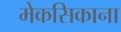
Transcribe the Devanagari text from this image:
मेकसिकाना